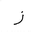
Letter: _zay